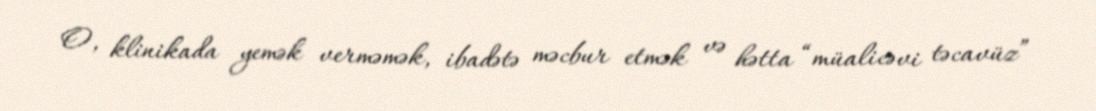
O, klinikada yemək verməmək, ibadətə məcbur etmək və hətta “müalicəvi təcavüz”